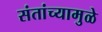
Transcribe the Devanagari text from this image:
संतांच्यामुळे